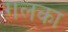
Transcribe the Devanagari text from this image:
गलका